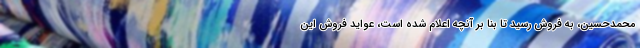
محمدحسین، به فروش رسید تا بنا بر آنچه اعلام شده است، عواید فروش این